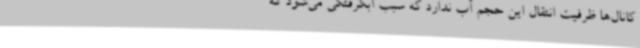
کانال‌ها ظرفیت انتقال این حجم آب ندارد که سبب آبگرفتگی می‌شود که